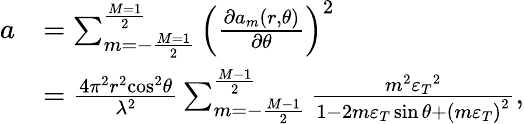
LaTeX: \begin{array}{rl}{a}&{={\sum_{m=-\frac{{M=1}}{2}}^{\frac{{M=1}}{2}}{\left({\frac{{\partial{a_{m}}(r,\theta)}}{{\partial\theta}}}\right)}^{2}}}\\ &{=\frac{{4{\pi^{2}}{r^{2}}{{\cos}^{2}}\theta}}{{{\lambda^{2}}}}\sum_{m=-\frac{{M-1}}{2}}^{\frac{{M-1}}{2}}{\frac{{{m^{2}}{\varepsilon_{T}}^{2}}}{{1-2m{\varepsilon_{T}}\sin\theta+{{(m{\varepsilon_{T}})}^{2}}}}},}\end{array}